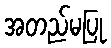
အတည်မပြု